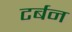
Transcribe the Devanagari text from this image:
टर्बन